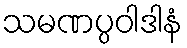
သမဏပ္ပဝါဒါနံ